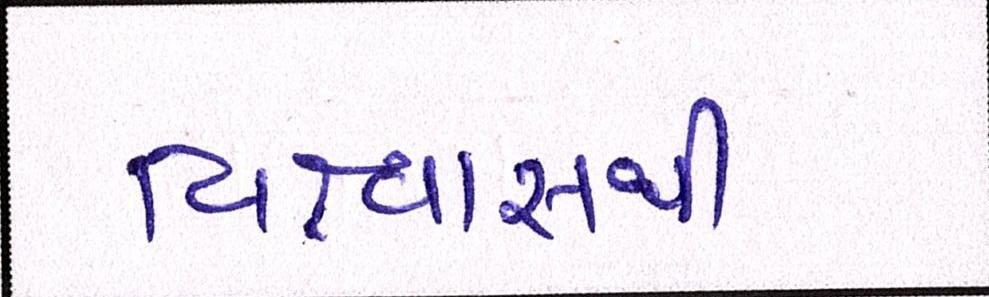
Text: વિશ્વાસથી